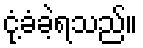
ငုံ့ခံခဲ့ရသည်။